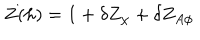
LaTeX: Z ( h ) = 1 + \delta Z _ { \chi } + \delta Z _ { A \phi }